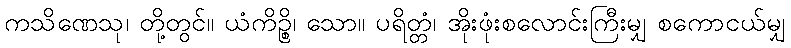
ကသိဏေသု၊ တို့တွင်။ ယံကိဉ္စိ၊ သော။ ပရိတ္တံ၊ အိုးဖုံးစလောင်းကြီးမျှ စကောငယ်မျှ